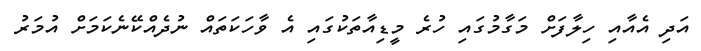
އަދި އެއާއި ހިލާފަށް މަގާމުގައި ހުރެ މީޑިއާތަކުގައި އެ ވާހަކަތައް ނުދެއްކޭނެކަމަށް އުމަރު